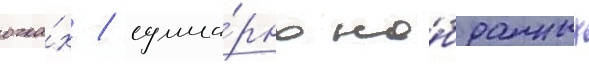
очка́х / сумма́рно на́бранных